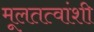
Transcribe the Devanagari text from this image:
मूलतत्वांशी